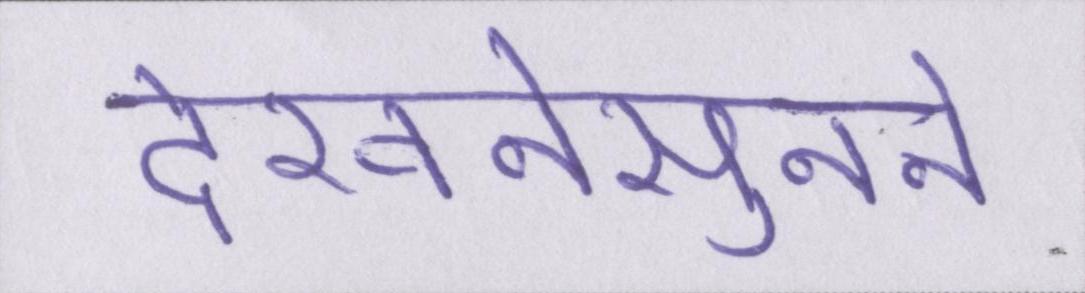
देखनेसुनने